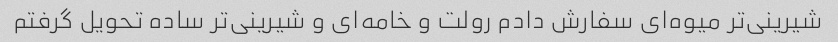
شیرینی‌تر میوه‌ای سفارش دادم رولت و خامه‌ای و شیرینی‌تر ساده تحویل گرفتم